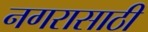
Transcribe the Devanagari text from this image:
नगरासाठी